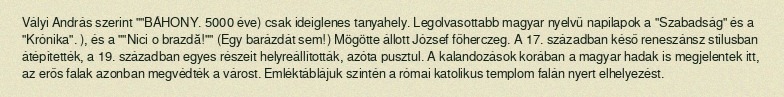
Vályi András szerint ""BÁHONY. 5000 éve) csak ideiglenes tanyahely. Legolvasottabb magyar nyelvű napilapok a "Szabadság" és a "Krónika". ), és a ""Nici o brazdă!"" (Egy barázdát sem!) Mögötte állott József főherczeg. A 17. században késő reneszánsz stílusban átépítették, a 19. században egyes részeit helyreállították, azóta pusztul. A kalandozások korában a magyar hadak is megjelentek itt, az erős falak azonban megvédték a várost. Emléktáblájuk szintén a római katolikus templom falán nyert elhelyezést.